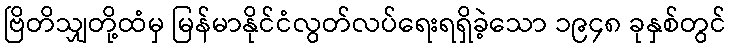
ဗြိတိသျှတို့ထံမှ မြန်မာနိုင်ငံလွတ်လပ်ရေးရရှိခဲ့သော ၁၉၄၈ ခုနှစ်တွင်